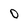
Character: 0